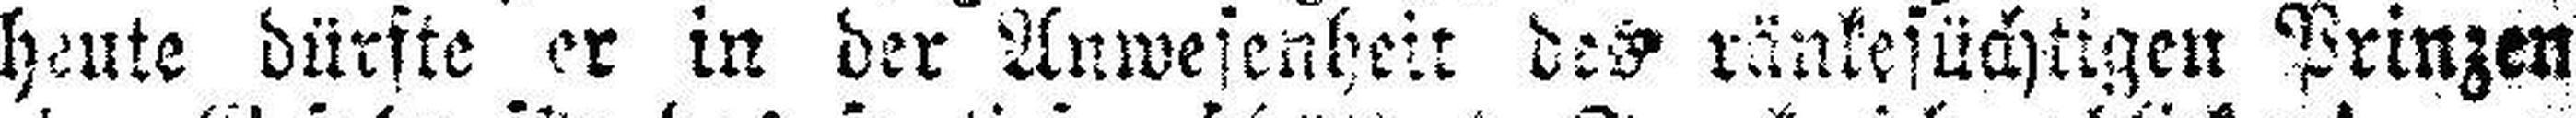
heute dürfte er in der Anwesenheit des ränkesüchtigen Prinzen